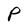
Character: P